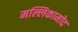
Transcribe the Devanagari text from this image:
मल्लिकामोद